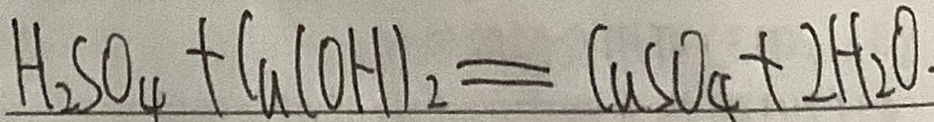
H _ { 2 } S O _ { 4 } + C a ( O H ) _ { 2 } = C u S O _ { 4 } + 2 H _ { 2 } O .